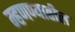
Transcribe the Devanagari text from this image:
म्हणण्यातील